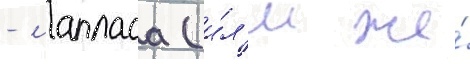
- лапласа (и́л'и же́